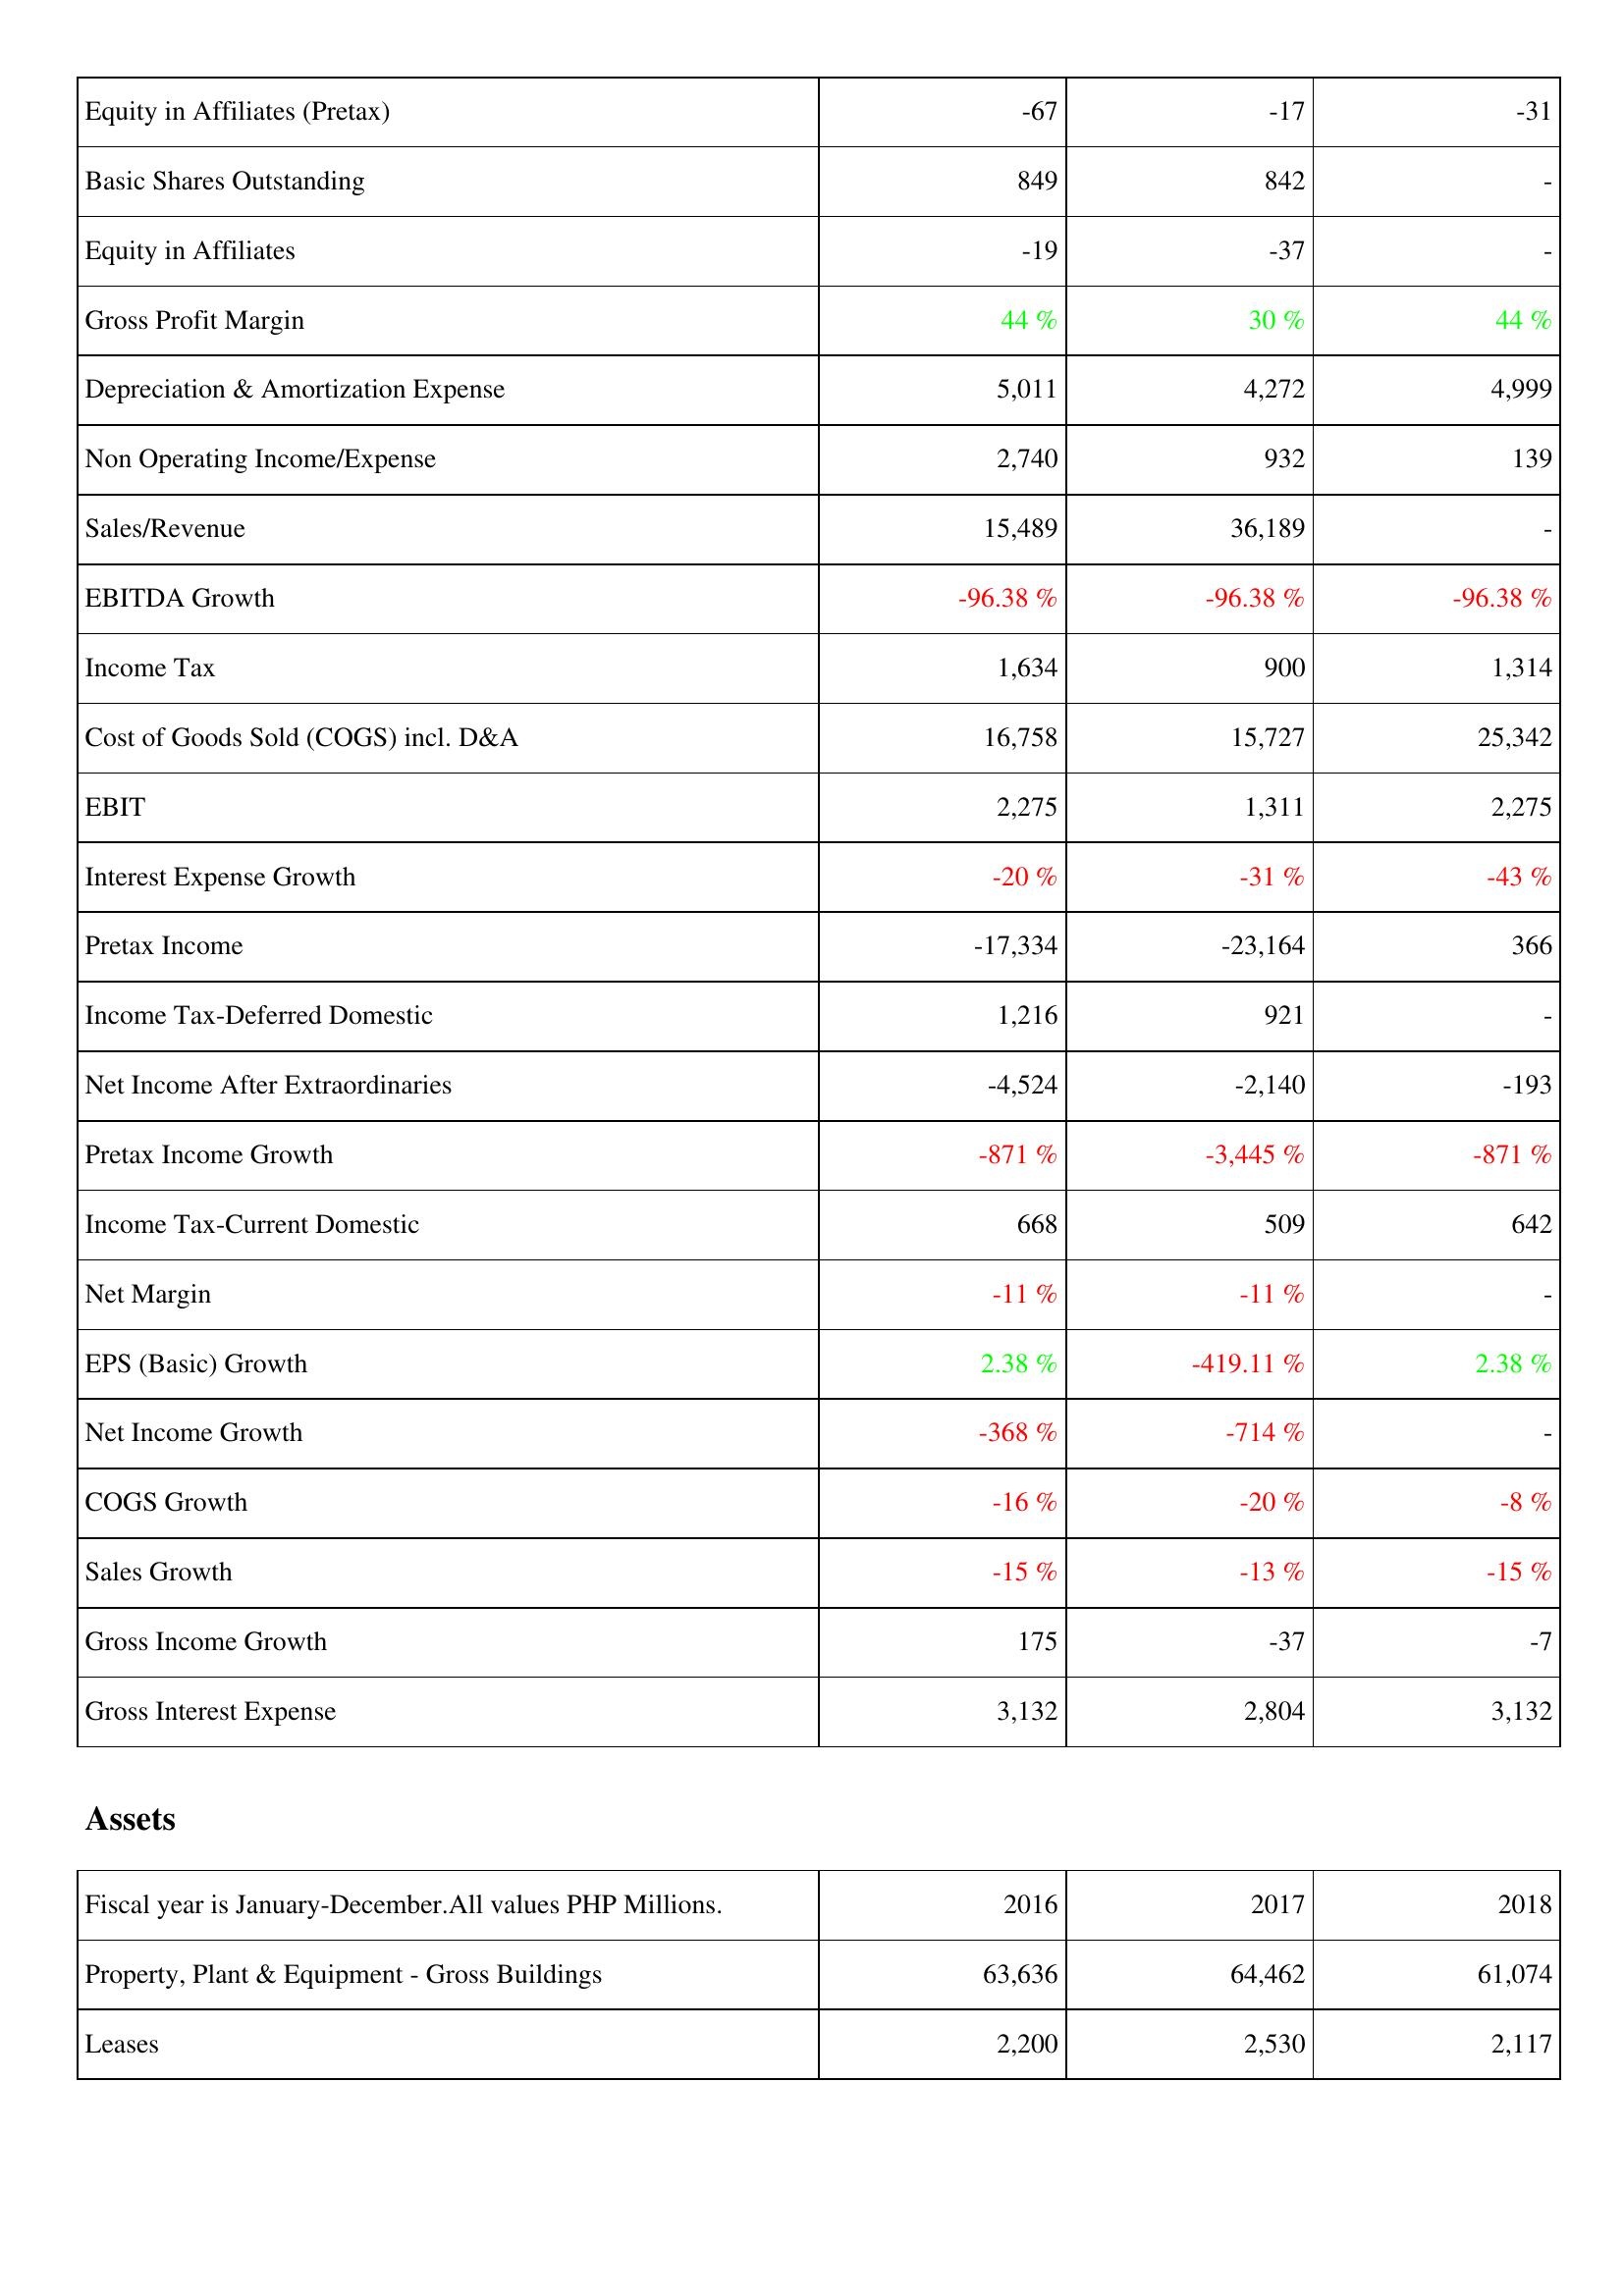
2016: Income Statement: Equity in Affiliates (Pretax): -67
Basic Shares Outstanding: 849
Equity in Affiliates: -19
Gross Profit Margin: 44 %
Depreciation & Amortization Expense: 5,011
Non Operating Income/Expense: 2,740
Sales/Revenue: 15,489
EBITDA Growth: -96.38 %
Income Tax: 1,634
Cost of Goods Sold (COGS) incl. D&A: 16,758
EBIT: 2,275
Interest Expense Growth: -20 %
Pretax Income: -17,334
Income Tax-Deferred Domestic: 1,216
Net Income After Extraordinaries: -4,524
Pretax Income Growth: -871 %
Income Tax-Current Domestic: 668
Net Margin: -11 %
EPS (Basic) Growth: 2.38 %
Net Income Growth: -368 %
COGS Growth: -16 %
Sales Growth: -15 %
Gross Income Growth: 175
Gross Interest Expense: 3,132
Assets: Property, Plant & Equipment - Gross Buildings: 63,636
Leases: 2,200
2017: Income Statement: Equity in Affiliates (Pretax): -17
Basic Shares Outstanding: 842
Equity in Affiliates: -37
Gross Profit Margin: 30 %
Depreciation & Amortization Expense: 4,272
Non Operating Income/Expense: 932
Sales/Revenue: 36,189
EBITDA Growth: -96.38 %
Income Tax: 900
Cost of Goods Sold (COGS) incl. D&A: 15,727
EBIT: 1,311
Interest Expense Growth: -31 %
Pretax Income: -23,164
Income Tax-Deferred Domestic: 921
Net Income After Extraordinaries: -2,140
Pretax Income Growth: -3,445 %
Income Tax-Current Domestic: 509
Net Margin: -11 %
EPS (Basic) Growth: -419.11 %
Net Income Growth: -714 %
COGS Growth: -20 %
Sales Growth: -13 %
Gross Income Growth: -37
Gross Interest Expense: 2,804
Assets: Property, Plant & Equipment - Gross Buildings: 64,462
Leases: 2,530
2018: Income Statement: Equity in Affiliates (Pretax): -31
Basic Shares Outstanding: -
Equity in Affiliates: -
Gross Profit Margin: 44 %
Depreciation & Amortization Expense: 4,999
Non Operating Income/Expense: 139
Sales/Revenue: -
EBITDA Growth: -96.38 %
Income Tax: 1,314
Cost of Goods Sold (COGS) incl. D&A: 25,342
EBIT: 2,275
Interest Expense Growth: -43 %
Pretax Income: 366
Income Tax-Deferred Domestic: -
Net Income After Extraordinaries: -193
Pretax Income Growth: -871 %
Income Tax-Current Domestic: 642
Net Margin: -
EPS (Basic) Growth: 2.38 %
Net Income Growth: -
COGS Growth: -8 %
Sales Growth: -15 %
Gross Income Growth: -7
Gross Interest Expense: 3,132
Assets: Property, Plant & Equipment - Gross Buildings: 61,074
Leases: 2,117